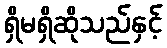
ရှိမရှိဆိုသည်နှင့်